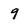
Character: 9